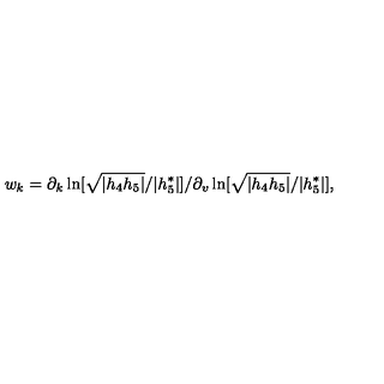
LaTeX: w _ { k } = \partial _ { k } \ln [ \sqrt { | h _ { 4 } h _ { 5 } | } / | h _ { 5 } ^ { \ast } | ] / \partial _ { v } \ln [ \sqrt { | h _ { 4 } h _ { 5 } | } / | h _ { 5 } ^ { \ast } | ] ,